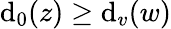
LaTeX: {\mathrm{d}_{0}(z)\geq\mathrm{d}_{v}(w)}